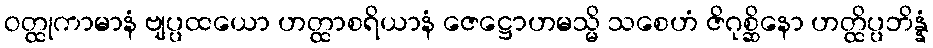
ဝတ္ထုကာမာနံ ဗျပ္ပထယော ဟတ္ထာစရိယာနံ ဇေဋ္ဌောဟမသ္မိ သစေဟံ ဇိဂုစ္ဆိနော ဟတ္ထိပ္ပဘိန္နံ